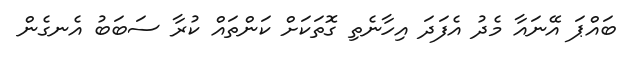
ބައްޕަ އޭނައާ މެދު އެފަދަ އިހާނެތި ގޮތަކަށް ކަންތައް ކުރާ ސަބަބު އެނގެން